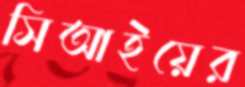
সিআইয়ের